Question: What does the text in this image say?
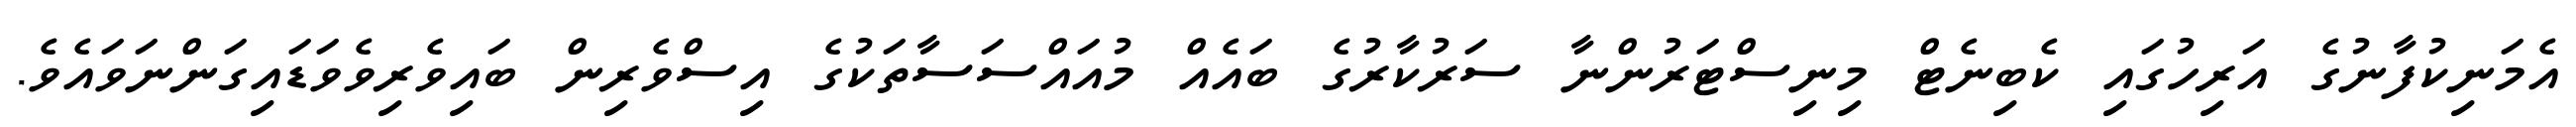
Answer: އެމަނިކުފާނުގެ އަރިހުގައި ކެބިނެޓް މިނިސްޓަރުންނާ ސަރުކާރުގެ ބައެއް މުއައްސަސާތަކުގެ އިސްވެރިން ބައިވެރިވެވަޑައިގަންނަވައެވެ.